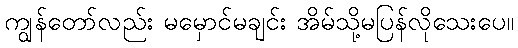
ကျွန်တော်လည်း မမှောင်မချင်း အိမ်သို့မပြန်လိုသေးပေ။